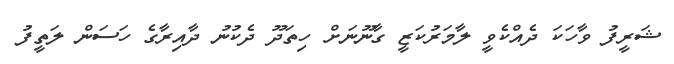
ޝަރީފު ވާހަކަ ދެއްކެވީ ލާމަރުކަޒީ ގާނޫނަށް ހިތަދޫ ދެކުނު ދާއިރާގެ ހަސަން ލަތީފު